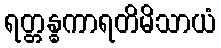
ရတ္တန္ဓကာရတိမိသာယံ